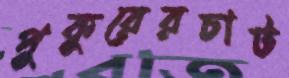
পুকুরেরচাট